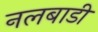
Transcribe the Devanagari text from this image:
नलबाडी